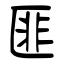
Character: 匪